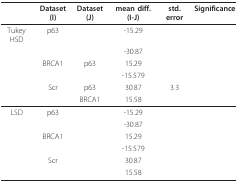
<table><thead><tr><td>[EMPTY_CELL]</td><td><b>Dataset (I)</b></td><td><b>Dataset (J)</b></td><td><b>mean diff. (I-J)</b></td><td><b>std. error</b></td><td><b>Significance</b></td></tr></thead><tbody><tr><td>Tukey HSD</td><td>p63</td><td>[EMPTY_CELL]</td><td>-15.29</td><td>[EMPTY_CELL]</td><td>[EMPTY_CELL]</td></tr><tr><td>[EMPTY_CELL]</td><td>[EMPTY_CELL]</td><td>[EMPTY_CELL]</td><td>-30.87</td><td>[EMPTY_CELL]</td><td>[EMPTY_CELL]</td></tr><tr><td>[EMPTY_CELL]</td><td>BRCA1</td><td>p63</td><td>15.29</td><td>[EMPTY_CELL]</td><td>[EMPTY_CELL]</td></tr><tr><td>[EMPTY_CELL]</td><td>[EMPTY_CELL]</td><td>[EMPTY_CELL]</td><td>-15.579</td><td>[EMPTY_CELL]</td><td>[EMPTY_CELL]</td></tr><tr><td>[EMPTY_CELL]</td><td>Scr</td><td>p63</td><td>30.87</td><td>3.3</td><td>[EMPTY_CELL]</td></tr><tr><td>[EMPTY_CELL]</td><td>[EMPTY_CELL]</td><td>BRCA1</td><td>15.58</td><td>[EMPTY_CELL]</td><td>[EMPTY_CELL]</td></tr><tr><td>LSD</td><td>p63</td><td>[EMPTY_CELL]</td><td>-15.29</td><td>[EMPTY_CELL]</td><td>[EMPTY_CELL]</td></tr><tr><td>[EMPTY_CELL]</td><td>[EMPTY_CELL]</td><td>[EMPTY_CELL]</td><td>-30.87</td><td>[EMPTY_CELL]</td><td>[EMPTY_CELL]</td></tr><tr><td>[EMPTY_CELL]</td><td>BRCA1</td><td>[EMPTY_CELL]</td><td>15.29</td><td>[EMPTY_CELL]</td><td>[EMPTY_CELL]</td></tr><tr><td>[EMPTY_CELL]</td><td>[EMPTY_CELL]</td><td>[EMPTY_CELL]</td><td>-15.579</td><td>[EMPTY_CELL]</td><td>[EMPTY_CELL]</td></tr><tr><td>[EMPTY_CELL]</td><td>Scr</td><td>[EMPTY_CELL]</td><td>30.87</td><td>[EMPTY_CELL]</td><td>[EMPTY_CELL]</td></tr><tr><td>[EMPTY_CELL]</td><td>[EMPTY_CELL]</td><td>[EMPTY_CELL]</td><td>15.58</td><td>[EMPTY_CELL]</td><td>[EMPTY_CELL]</td></tr></tbody></table>